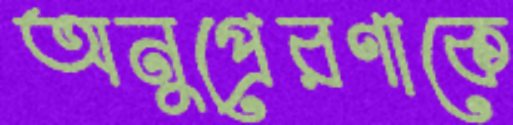
অনুপ্রেরণাকে